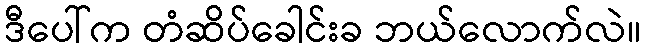
ဒီပေါ်က တံဆိပ်ခေါင်းခ ဘယ်လောက်လဲ။